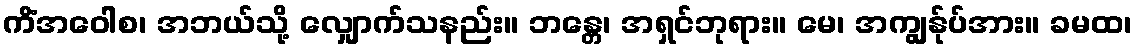
ကိံအဝေါစ၊ အဘယ်သို့ လျှောက်သနည်း။ ဘန္တေ၊ အရှင်ဘုရား။ မေ၊ အကျွန်ုပ်အား။ ခမထ၊